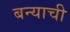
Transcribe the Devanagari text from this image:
बन्याची